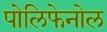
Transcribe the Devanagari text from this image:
पोलिफेनोल